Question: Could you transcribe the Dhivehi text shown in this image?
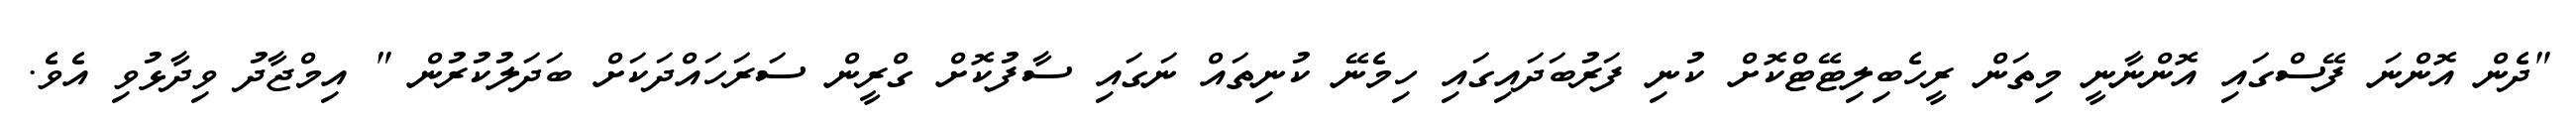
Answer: "ދެން އޮންނަ ފޭސްގައި އޮންނާނީ މިތަން ރީހެބިލިޓޭޓްކޮށް ކުނި ފަރުބަދައިގައި ހިމެނޭ ކުނިތައް ނަގައި ސާފުކޮށް ގްރީން ސަރަހައްދަކަށް ބަދަލުކުރުން " އިމްޖާދު ވިދާޅުވި އެވެ.